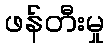
ဖန်တီးမှု